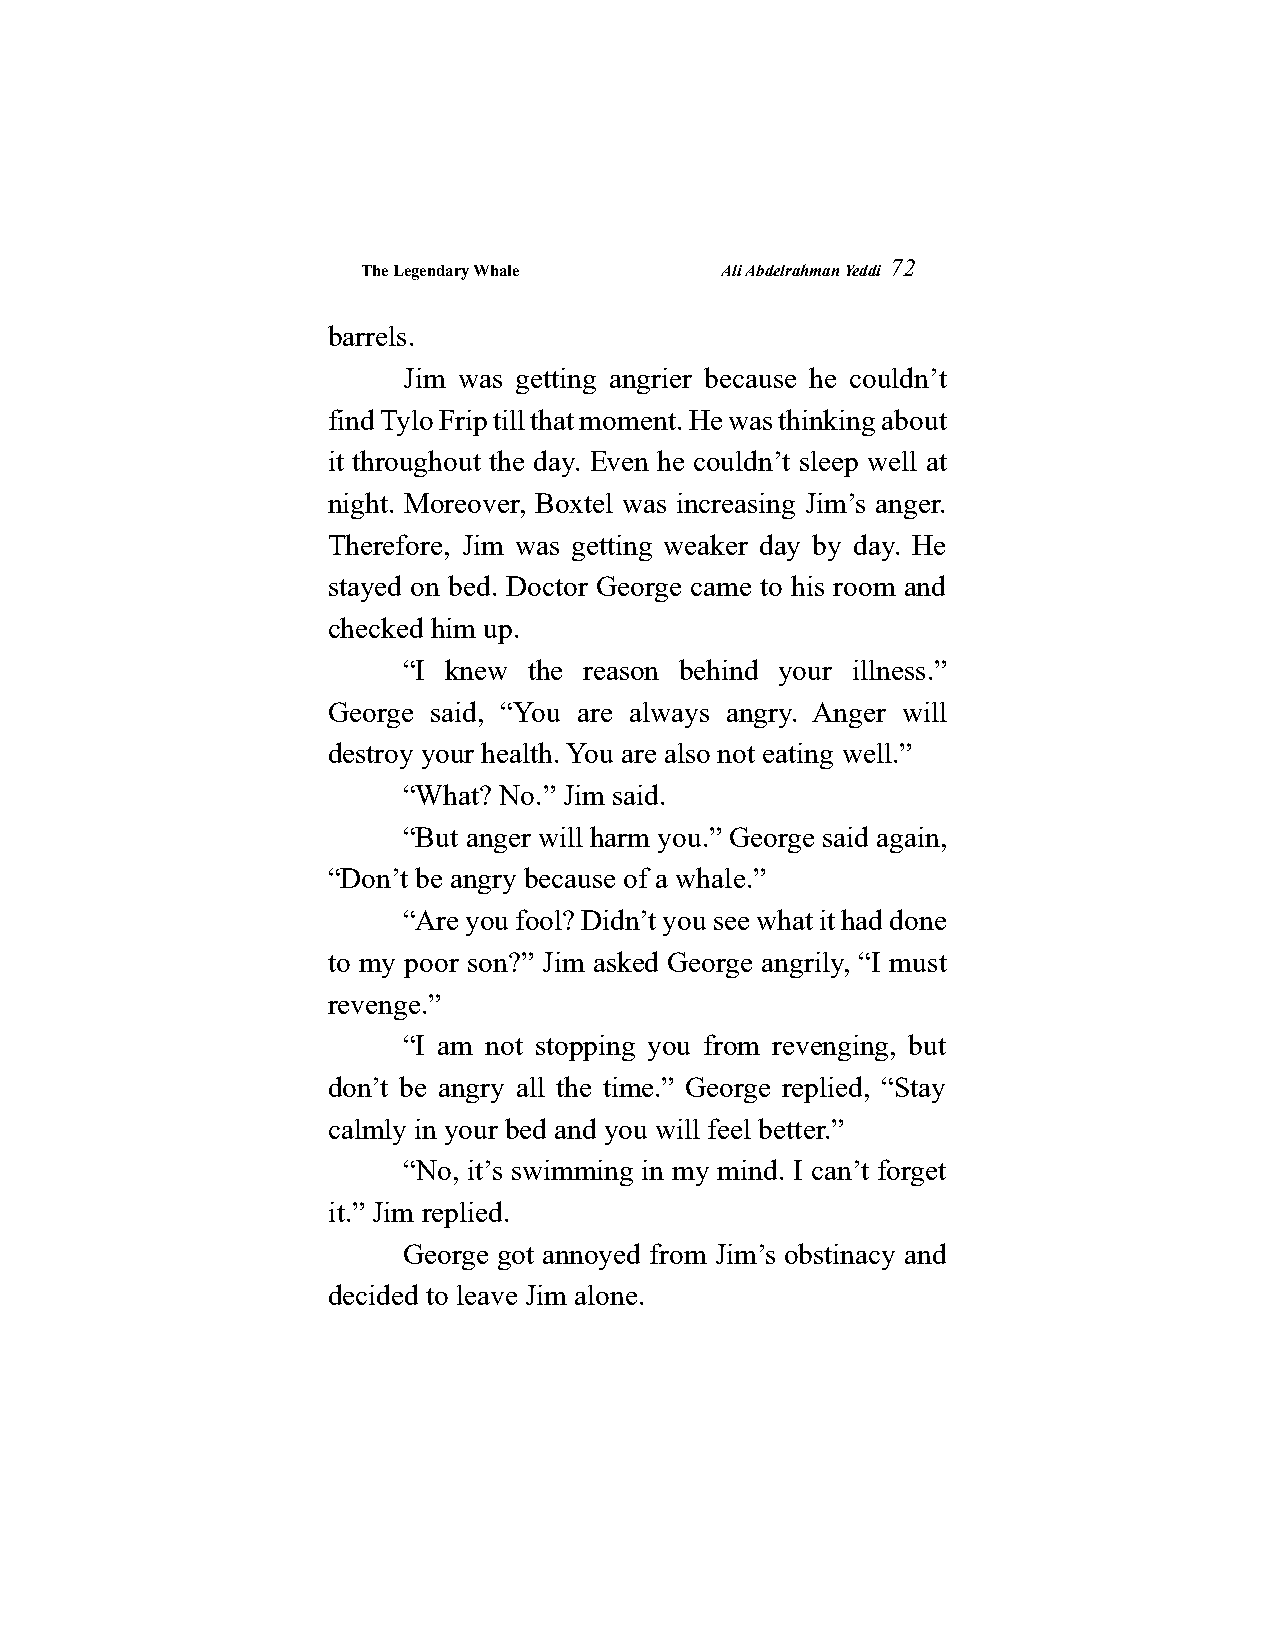
The Legendary Whale     Ali Abdelrahman Yeddi
 72
 barrels.
 Jim was getting angrier because he couldn’t
 find Tylo Frip till that moment. He was thinking about
 it throughout the day. Even he couldn’t sleep well at
 night. Moreover, Boxtel was increasing Jim’s anger.
 Therefore, Jim was getting weaker day by day. He
 stayed on bed. Doctor George came to his room and
 checked him up.
 “I knew the reason behind your illness.”
 George said, “You are always angry. Anger will
 destroy your health. You are also not eating well.”
 “What? No.” Jim said.
 “But anger will harm you.” George said again,
 “Don’t be angry because of a whale.”
 “Are you fool? Didn’t you see what it had done
 to my poor son?” Jim asked George angrily, “I must
 revenge.”
 “I am not stopping you from revenging, but
 don’t be angry all the time.” George replied, “Stay
 calmly in your bed and you will feel better.”
 “No, it’s swimming in my mind. I can’t forget
 it.” Jim replied.
 George got annoyed from Jim’s obstinacy and
 decided to leave Jim alone.